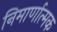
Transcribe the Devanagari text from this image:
निमार्णात्मक